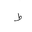
Letter: _da